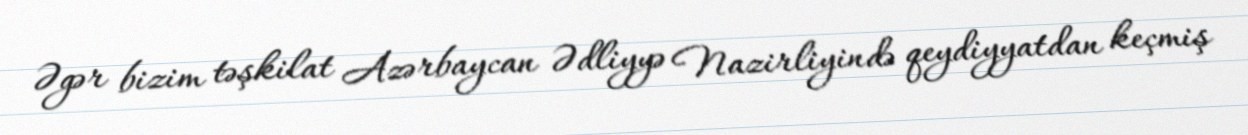
Əgər bizim təşkilat Azərbaycan Ədliyyə Nazirliyində qeydiyyatdan keçmiş